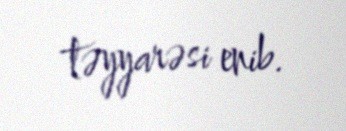
təyyarəsi enib.